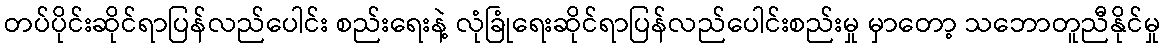
တပ်ပိုင်းဆိုင်ရာပြန်လည်ပေါင်း စည်းရေးနဲ့ လုံခြုံရေးဆိုင်ရာပြန်လည်ပေါင်းစည်းမှု မှာတော့ သဘောတူညီနိုင်မှု